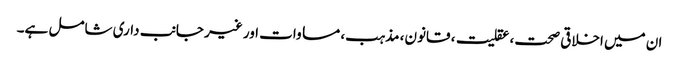
ان میں اخلاقی صحت، عقلیت، قانون، مذہب، مساوات اور غیر جانب داری شامل ہے۔